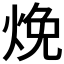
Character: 𬊕